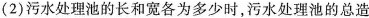
(2)污水处理池的长和宽各为多少时，污水处理池的总造